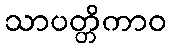
သာပတ္တိကာဝ